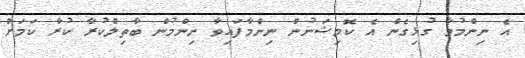
އެ ނިންމުމާ ގުޅިގެން އެ ކޮމިޝަނުން ނިންމާފައިވާ ނިންމުން ބާތިލްކުރާ ކުރާ ކަމަށް